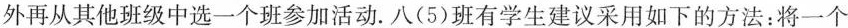
外再从其他班级中选一个班参加活动。八(5)班有学生建议采用如下的方法：将一个